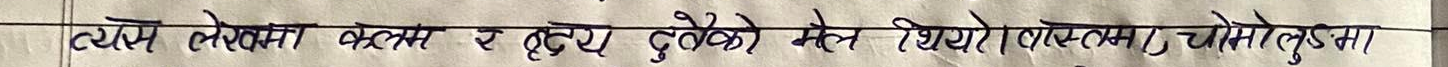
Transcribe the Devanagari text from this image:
त्यो लेखमा बक्सा र दुबै दुखेको मेरो थियो, लामखुट्टा चुमो लुड्मा